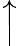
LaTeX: \Big\uparrow